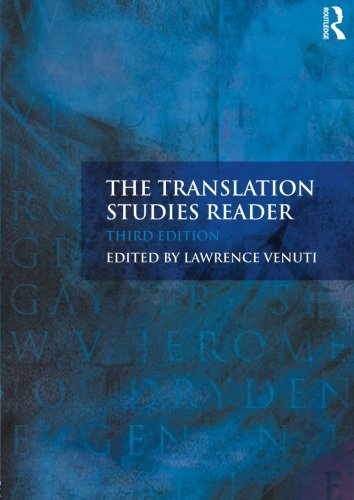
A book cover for Translation Bundle Nottingham Uni: The Translation Studies Reader; Reference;